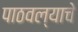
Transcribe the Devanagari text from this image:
पाठवल्याचे